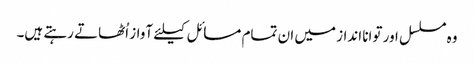
وہ مسلسل اور توانا انداز میں ان تمام مسائل کیلئے آواز اُٹھاتے رہتے ہیں۔